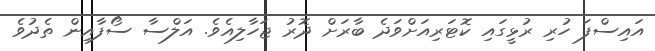
އައިސްފަ ހުރި ރުޅީގައި ކޮޓަރިއަށްވަދެ ބާރަށް ދޮރު ޖަހާލިއެވެ. އަލްސާ ސޯފާއިން ތެދުވެ